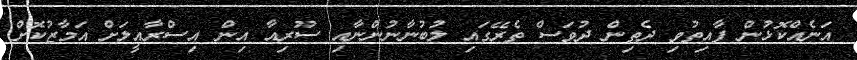
އަނެއްކޮޅުން ފާއިތުވި ދެތިން ދުވަސް ތެރޭގައި ލުބުނާނުންނާއި ސޫރިއާ އިން އިސްރާއީލަށް އަމާޒުކޮށް